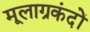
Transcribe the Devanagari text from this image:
मूलाग्रकंदों